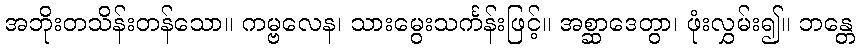
အဘိုးတသိန်းတန်သော။ ကမ္ဗလေန၊ သားမွေးသင်္ကန်းဖြင့်။ အစ္ဆာဒေတွာ၊ ဖုံးလွှမ်း၍။ ဘန္တေ